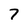
Character: 7